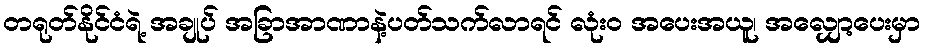
တရုတ်နိုင်ငံရဲ့ အချုပ် အခြာအာဏာနဲ့ပတ်သက်လာရင် လုံးဝ အပေးအယူ၊ အလျှော့ပေးမှာ